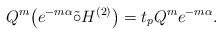
LaTeX: \begin{gather*}Q^{m}\big(e^{-m\alpha} {\tilde{\circ}} H^{(2)}\big)=t_{p}Q^{m}e^{-m\alpha}.\end{gather*}